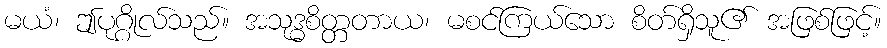
မယံ၊ ဤပုဂ္ဂိုလ်သည်။ အသုဒ္ဓစိတ္တတာယ၊ မစင်ကြယ်သော စိတ်ရှိသူ၏ အဖြစ်ဖြင့်။